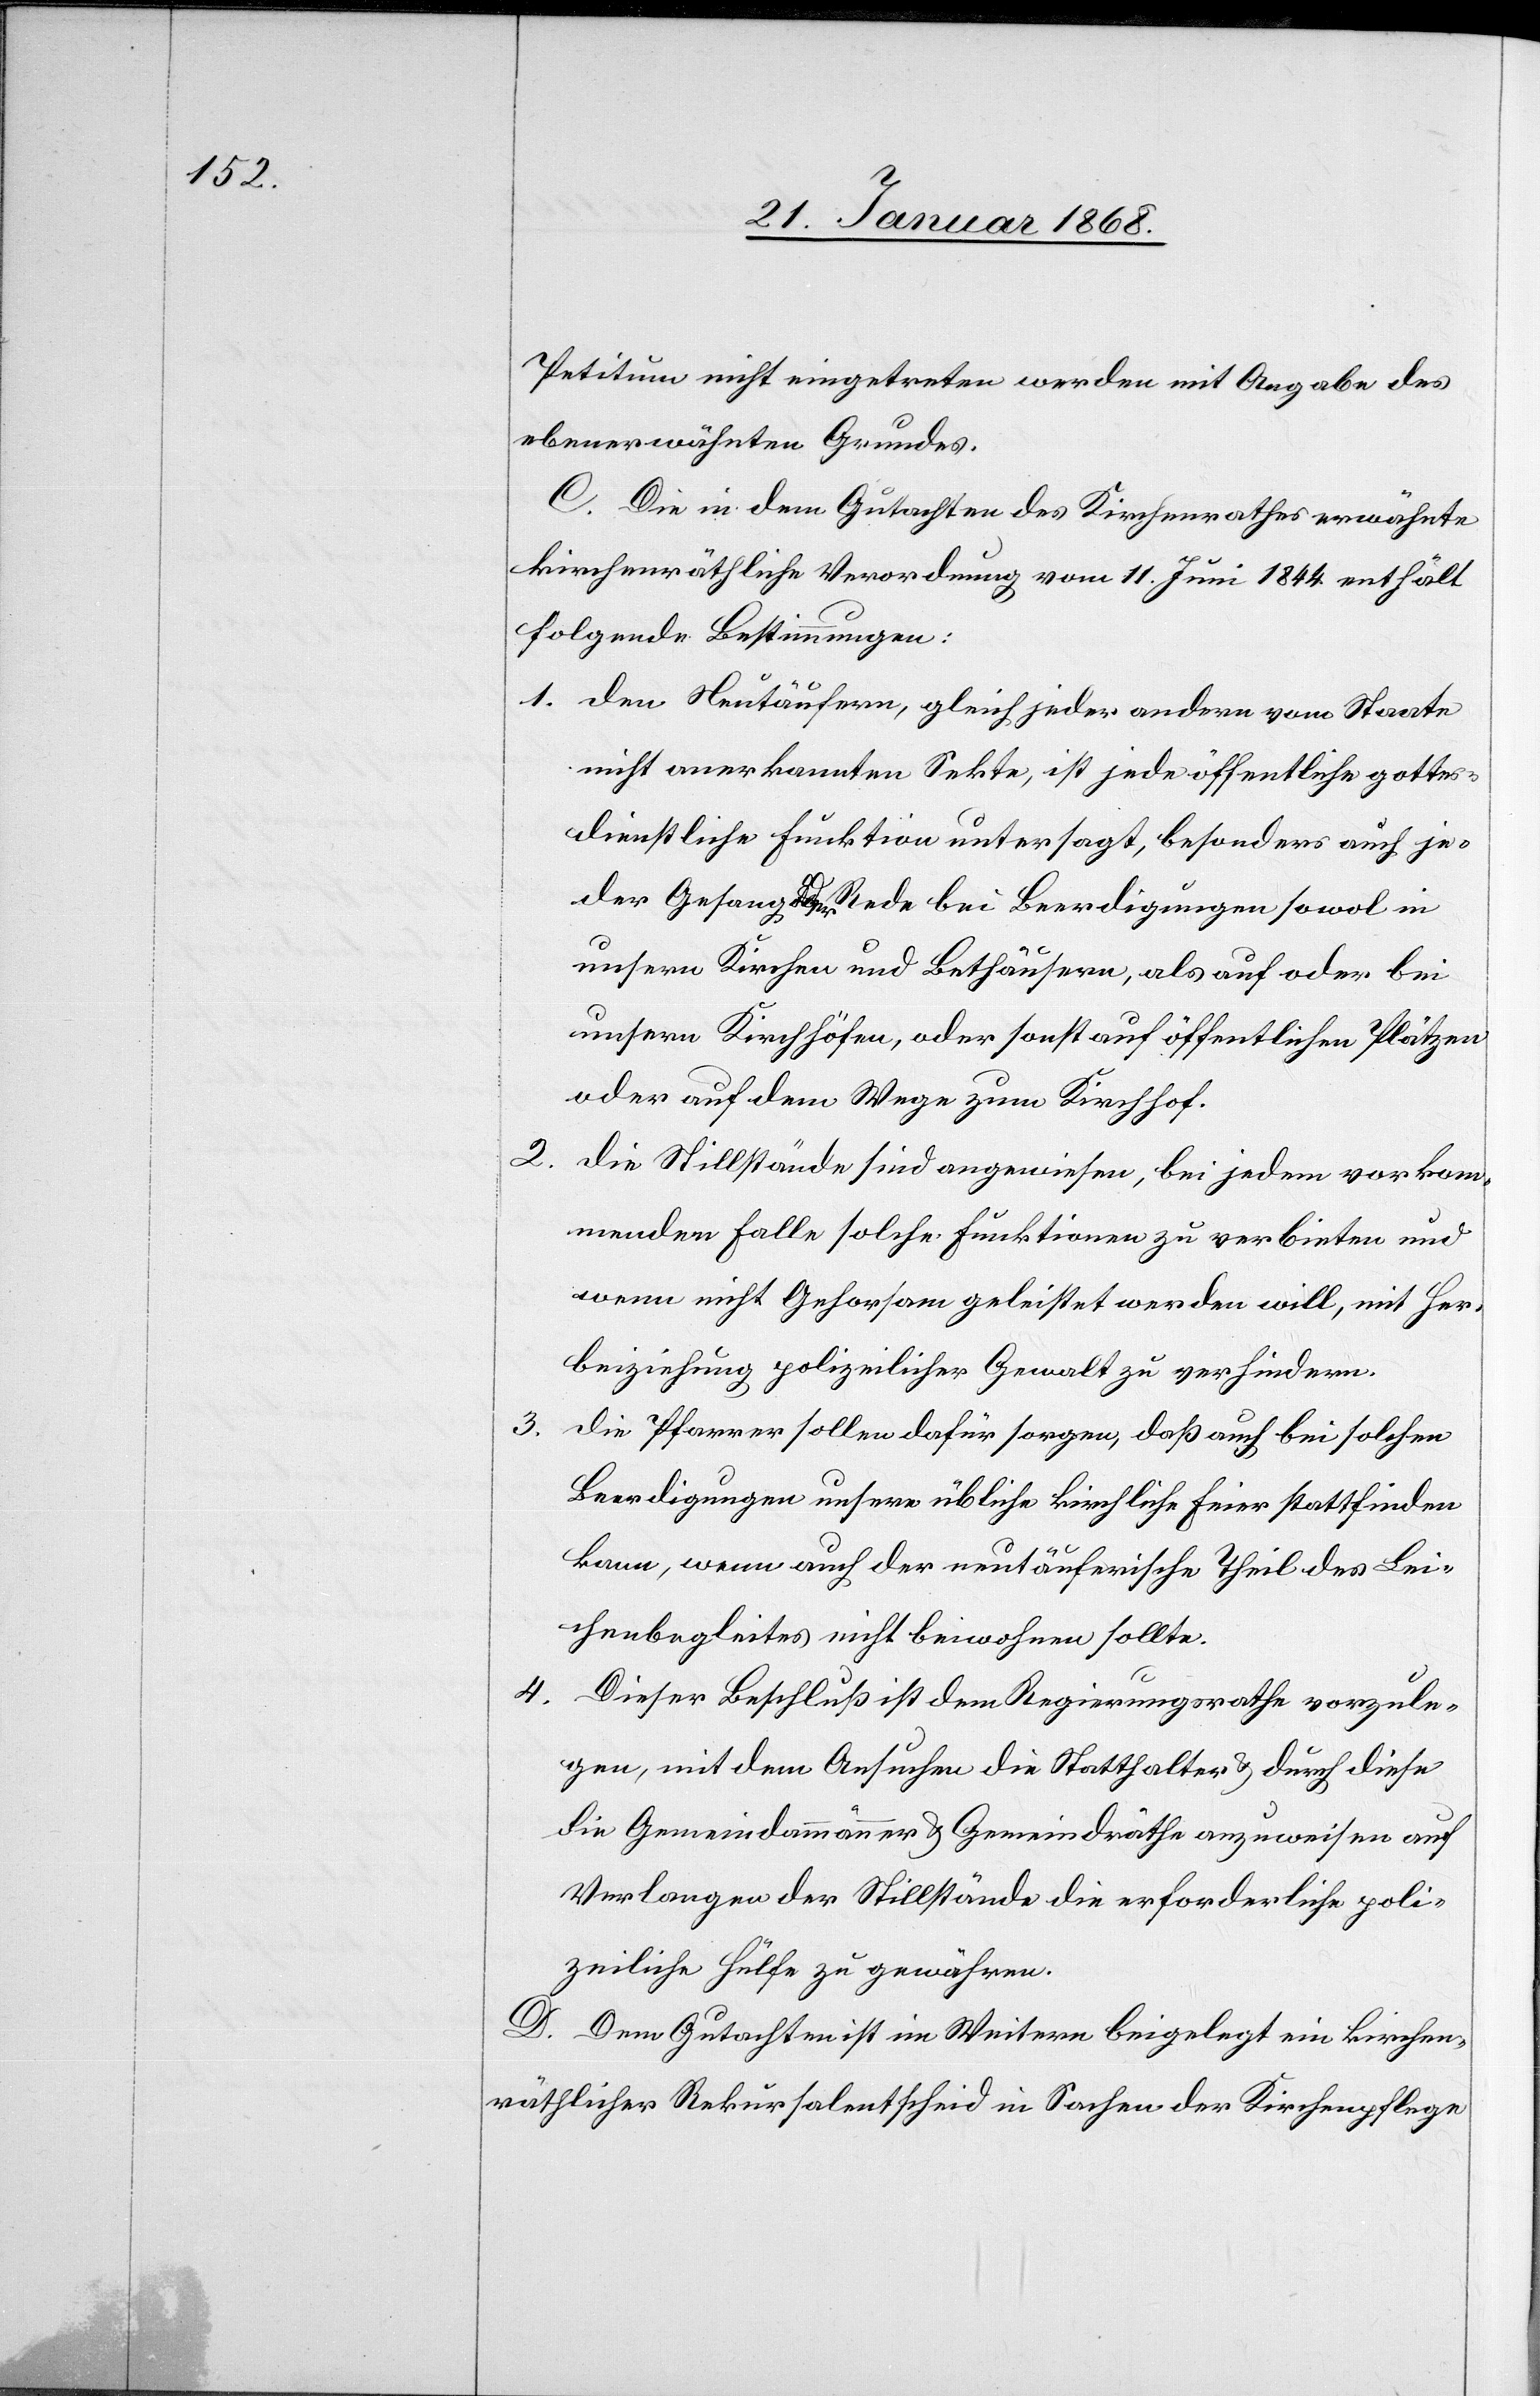
Petitum nicht eingetreten werden mit Angabe des
ebenerwähnten Grundes.
C. Die in dem Gutachten des Kirchenrathes erwähnte
kirchenräthliche Verordnung vom 11. Juni 1844 enthält
folgende Bestimmungen:
den Neutäufern, gleich jeder andern vom Staate
nicht anerkannten Sekte, ist jede öffentliche gottes¬
dienstliche Funktion untersagt, besonders auch je¬
der Gesang [?oder] Rede bei Beerdigungen sowol in
unsern Kirchen und Bethäusern, als auf oder bei
unsern Kirchhöfen, oder sonst auf öffentlichen Plätzen
oder auf dem Wege zum Kirchhof.
die Stillstände sind angewiesen, bei jedem vorkom¬
menden Falle solche Funktionen zu verbieten und
wenn nicht Gehorsam geleistet werden will, mit Her¬
beiziehung polizeilicher Gewalt zu verhindern.
die Pfarrer sollen dafür sorgen, daß auch bei solchen
Beerdigungen unsere übliche kirchliche Feier stattfinden
kann, wenn auch der neutäuferische Theil des Lei¬
chenbegleites nicht beiwohnen sollte.
Dieser Beschluß ist dem Regierungsrathe vorzule¬
gen, mit dem Ansuchen die Statthalter & durch diese
die Gemeindammänner & Gemeindräthe anzuweisen auf
Verlangen der Stillstände die erforderliche poli¬
zeiliche Hülfe zu gewähren.
D. Dem Gutachten ist im Weitern beigelegt ein kirchen¬
räthlicher Rekursalentscheid in Sachen der Kirchenpflege